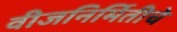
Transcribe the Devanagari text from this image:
वीजनिर्मितीचे